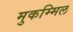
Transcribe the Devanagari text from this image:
मुकम्मिल